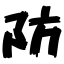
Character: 防